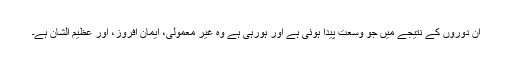
ان دوروں کے نتیجے میں جو وسعت پیدا ہوئی ہے اور ہورہی ہے وہ غیر معمولی، ایمان افروز، اور عظیم الشان ہے۔